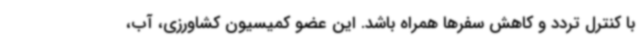
با کنترل تردد و کاهش سفرها همراه باشد. این عضو کمیسیون کشاورزی، آب،